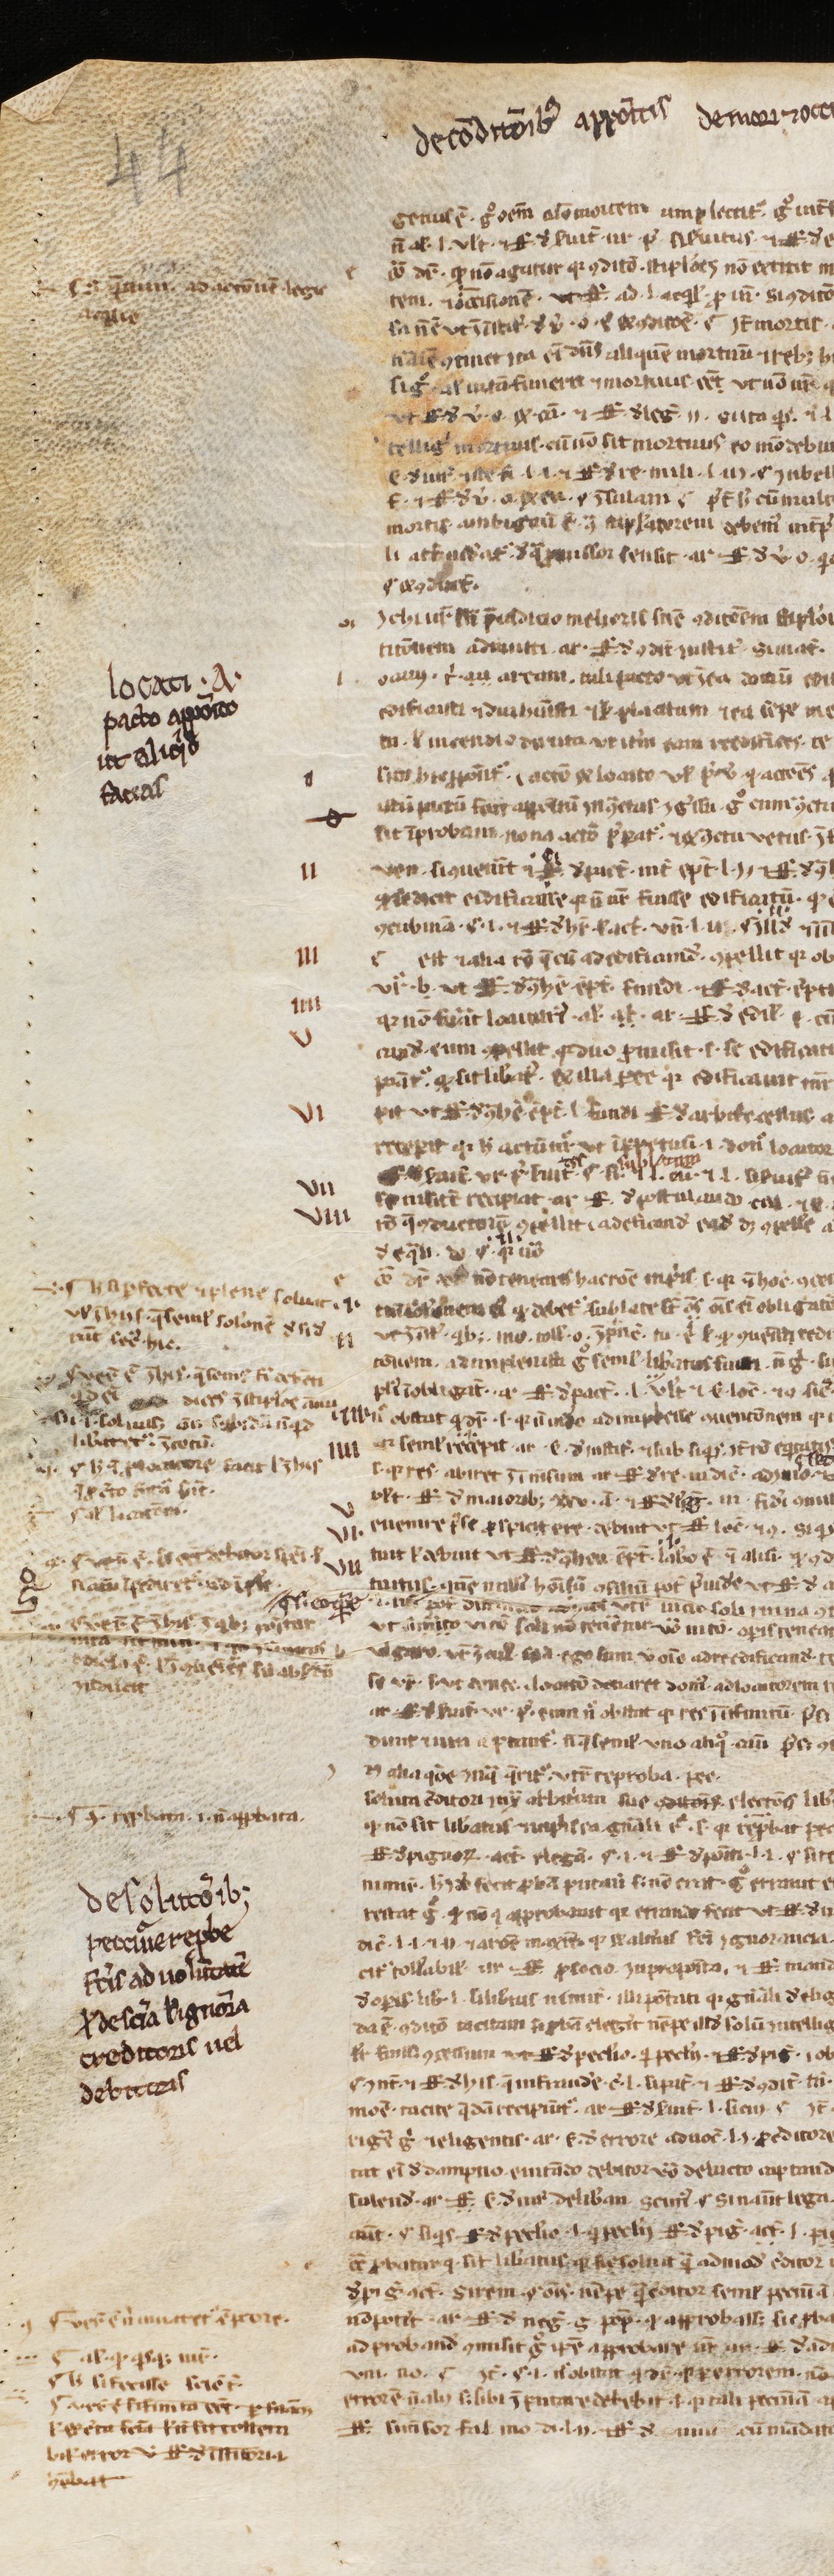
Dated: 1200–1224